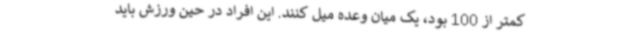
کمتر از 100 بود، یک میان وعده میل کنند. این افراد در حین ورزش باید